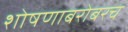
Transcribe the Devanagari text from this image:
शोषणाबरोबरच